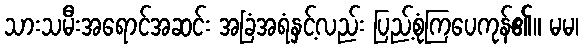
သားသမီးအရောင်အဆင်း အခြံအရံနှင့်လည်း ပြည့်စုံကြပေကုန်၏။ မမ၊